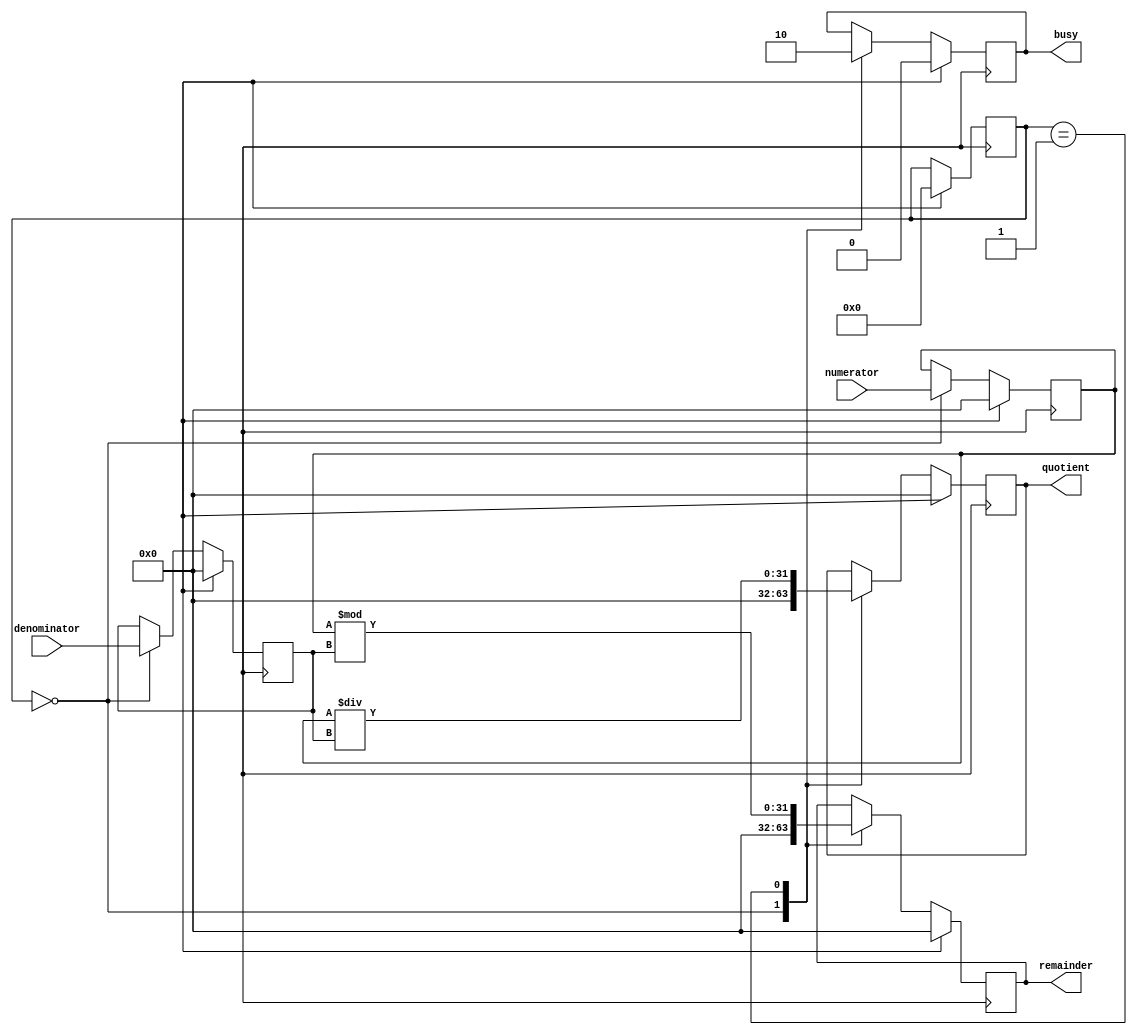
module Pipelined_Divider(
    input wire [31:0] numerator,
    input wire [31:0] denominator,
    output reg [31:0] quotient,
    output reg [31:0] remainder,
    output reg busy
);

reg [31:0] temp_num;
reg [31:0] temp_denom;
reg [4:0] stage;

always @ (posedge clk) begin
    if (reset) begin
        stage <= 0;
        temp_num <= 0;
        temp_denom <= 0;
        quotient <= 0;
        remainder <= 0;
        busy <= 0;
    end else begin
        case(stage)
            0:
                begin
                    temp_num <= numerator;
                    temp_denom <= denominator;
                    quotient <= 0;
                    remainder <= 0;
                    busy <= 1;
                end
            1:
                begin
                    quotient <= temp_num / temp_denom;
                    remainder <= temp_num % temp_denom;
                    busy <= 0;
                end
        endcase
    end
end

endmodule